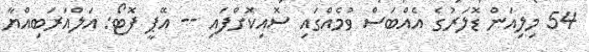
54 މިލިއަން ޑޮލަރުގެ އެއްބަސް ވުމެއްގައި ސޮއިކޮށްފައި -- އޭޕީ ފޮޓޯ: އަލްއަރަބިއްޔާ